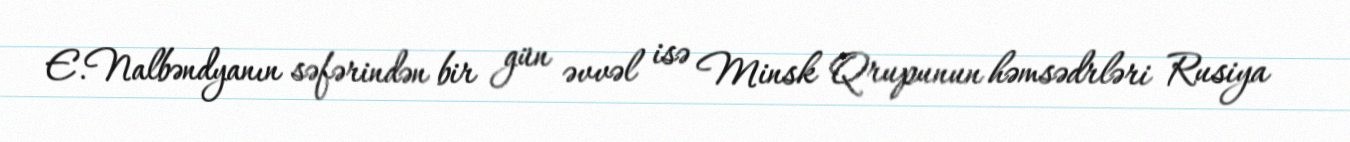
E.Nalbəndyanın səfərindən bir gün əvvəl isə Minsk Qrupunun həmsədrləri Rusiya